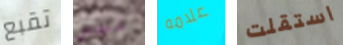
تقبع ليس علامه استقلت